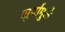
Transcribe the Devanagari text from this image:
सूर्यामुळे